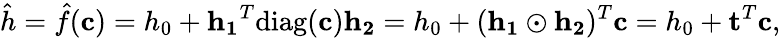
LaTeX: \hat{h}=\hat{f}(\mathbf{c})=h_{0}+\mathbf{h_{1}}^{T}\mathrm{diag}(\mathbf{c})\mathbf{h_{2}}=h_{0}+(\mathbf{h_{1}}\odot\mathbf{h_{2}})^{T}\mathbf{c}=h_{0}+\mathbf{t}^{T}\mathbf{c},